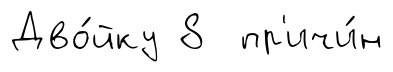
Дво́йку 8 пр'ичи́н